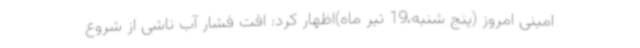
امینی امروز (پنج شنبه،19 تیر ماه)اظهار کرد: افت فشار آب ناشی از شروع